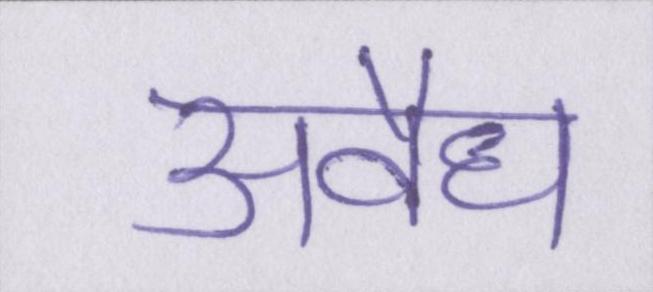
अवैध